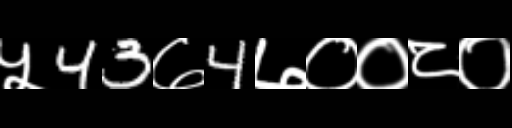
Text: ५43७4७००८०